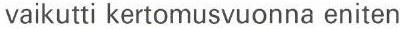
vaikutti kertomusvuonna eniten